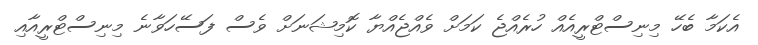
އެކަމާ ބެހޭ މިނިސްޓްރީއެއް ހުރެއްޖެ ކަމަށް ވެއްޖެއްޔާ ކޮމިޝަނަށް ވެސް ފަސޭހަވާނެ މިނިސްޓްރީއާއި